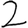
Digit: 2